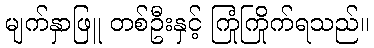
မျက်နှာဖြူ တစ်ဦးနှင့် ကြုံကြိုက်ရသည်။